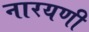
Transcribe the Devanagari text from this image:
नारयणी